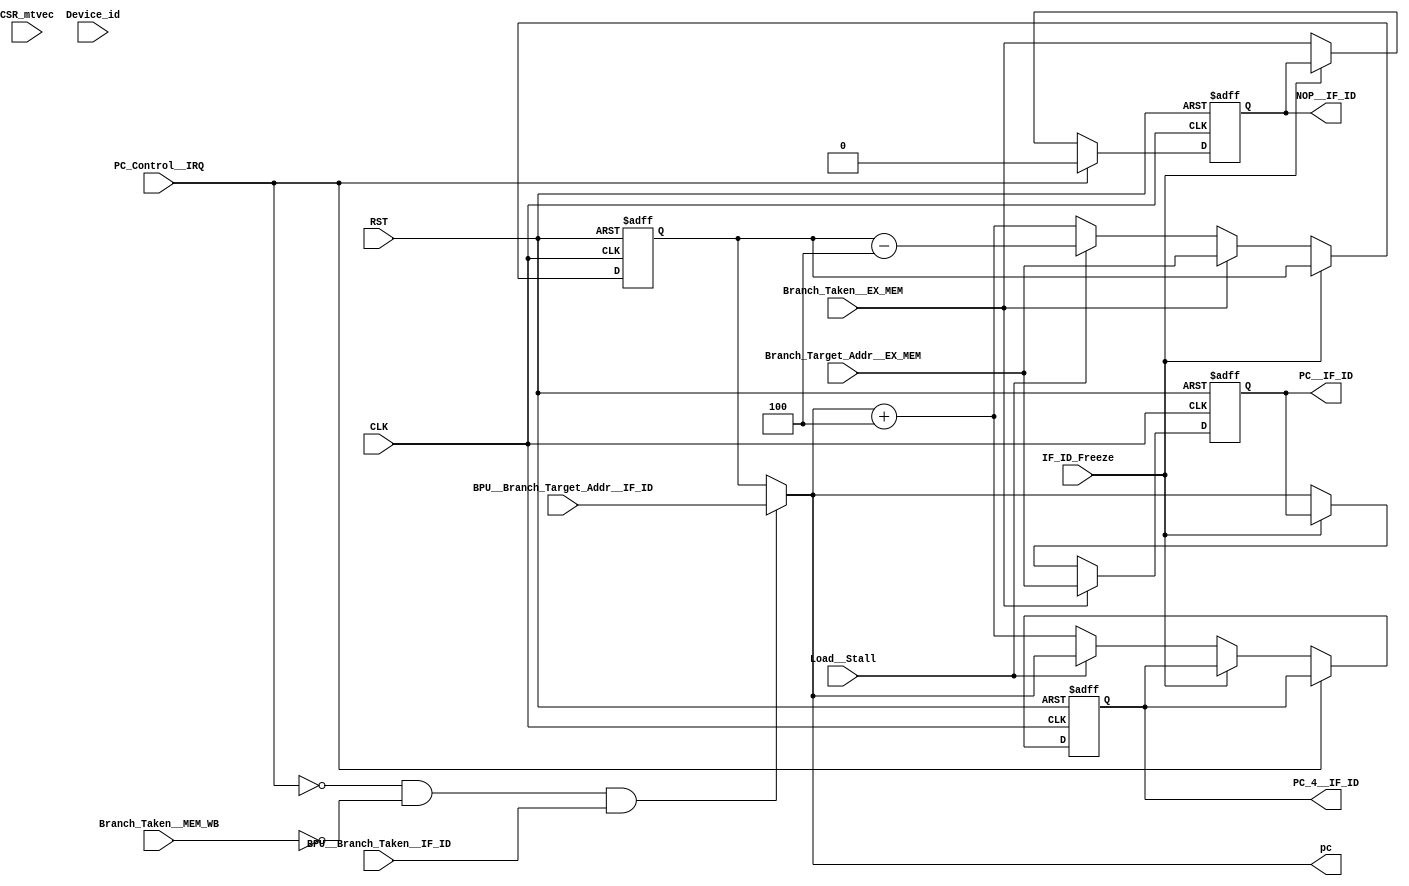
module INST_FETCH
(
    input CLK,
    input RST,

    input Branch_Taken__EX_MEM,                         //Branch decision calculated in EX stage from EX_MEM stage
    input Branch_Taken__MEM_WB,
    input [31:0] Branch_Target_Addr__EX_MEM,            //Branch Addr calculated in EX stage from EX_MEM stage
    
    input BPU__Branch_Taken__IF_ID,
    input [31:0] BPU__Branch_Target_Addr__IF_ID,
    
    input [31:0] CSR_mtvec,                             //Machine Trap-Vector Base-Address Register (mtvec)
    
    input Load__Stall,                                  //For dependancy between load and ALU instruction stall                                                                       
    
    input IF_ID_Freeze,                                 //To freeze the IF_ID stage
    
    input PC_Control__IRQ,                              //Sets PC to interrupt vector address
    
    input [5:0] Device_id,                              //                                                                      ********    
    
    output reg [31:0] PC__IF_ID,                        //PC output for IF_ID stage
    output reg [31:0] PC_4__IF_ID,                      //PC + 4 output for IF_ID stage
    
    output reg NOP__IF_ID,                              // NOP for IF_ID stage
    
    output  [31:0] pc,
    
    `ifdef itlb_def
    output reg vpn_to_ppn_req1
    `endif
    
    
);


parameter isr_inst_count = 3;  //for n instruction (log2(n) + 2)


wire [31:0] pc4;
reg [31:0] pc_reg;
wire [31:0] ISR_ADDRESS;


assign  pc = ((~PC_Control__IRQ) & (~Branch_Taken__MEM_WB) & BPU__Branch_Taken__IF_ID) ? BPU__Branch_Target_Addr__IF_ID : pc_reg;    //Load__Stall and IRQ functioning

assign ISR_ADDRESS = CSR_mtvec + ( Device_id << isr_inst_count );

assign  pc4 = pc + 32'd4;


always @(posedge CLK or posedge RST) begin
    if(RST) begin
        PC__IF_ID <= 32'b00;
    end
    else begin
        if(Branch_Taken__EX_MEM) begin
            PC__IF_ID <= Branch_Target_Addr__EX_MEM;
        end
        else if(~IF_ID_Freeze) begin
            PC__IF_ID <= pc; 
        end
    end
end



`ifdef itlb_def
always @(posedge CLK ) begin
    if(RST) begin
        pc_reg <= 32'b00;
        vpn_to_ppn_req1 <= 1'b1;
    end
    else if(~IF_ID_Freeze) begin
        pc_reg <= (Branch_Taken__EX_MEM ? Branch_Target_Addr__EX_MEM : pc4);
        vpn_to_ppn_req1 <= 1'b1;
    end
    else if(PC_Control__IRQ) begin
        pc_reg <=  ISR_ADDRESS;
        vpn_to_ppn_req1 <= 1'b0;
    end
    else begin
        vpn_to_ppn_req1 <= 1'b0;
    end
end
`else
always @(posedge CLK or posedge RST) begin
    if(RST) begin
        pc_reg <= 32'b00;
    end
    else begin
        if(~IF_ID_Freeze) begin
            pc_reg <= (Branch_Taken__EX_MEM ? Branch_Target_Addr__EX_MEM : (Load__Stall ? (pc_reg - 32'd4) : pc4));
        end
    end
end
`endif


always @(posedge RST or posedge CLK)
begin
    if(RST) begin
        PC_4__IF_ID <= 32'h4;
        NOP__IF_ID <= 1'b0;
    end
    else if(PC_Control__IRQ)
        NOP__IF_ID <= 1'b0;    
    else if(~IF_ID_Freeze) begin
        PC_4__IF_ID <= Load__Stall ? pc : pc4;
        NOP__IF_ID <= Branch_Taken__EX_MEM;
    end
end
endmodule